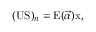
( \mathrm { U S } ) _ { n } = \mathrm { E } ( \vec { \alpha } ) \mathrm { x } ,